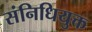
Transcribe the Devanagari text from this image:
संनिधियुक्त